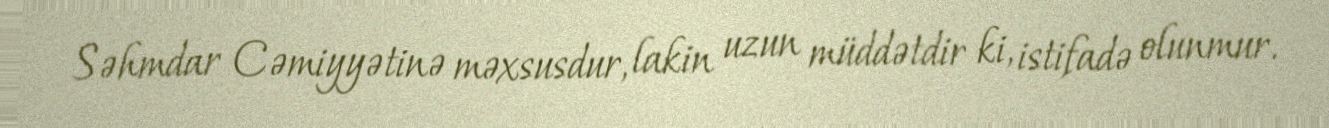
Səhmdar Cəmiyyətinə məxsusdur, lakin uzun müddətdir ki, istifadə olunmur.